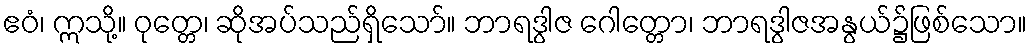
ဧဝံ၊ ဣသို့။ ဝုတ္တေ၊ ဆိုအပ်သည်ရှိသော်။ ဘာရဒွါဇ ဂေါတ္တော၊ ဘာရဒွါဇအနွယ်၌ဖြစ်သော။